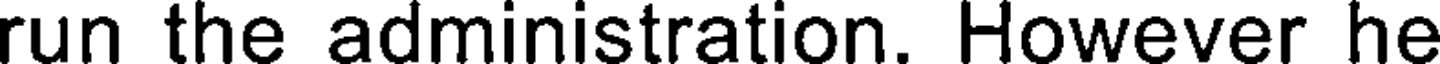
run the administration. However he